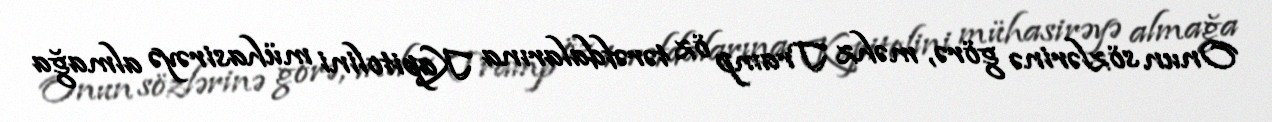
Onun sözlərinə görə, məhz Tramp öz tərəfdalarına Kapitolini mühasirəyə almağa